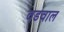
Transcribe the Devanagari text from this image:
वडवाल